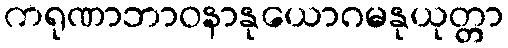
ကရုဏာဘာဝနာနုယောဂမနုယုတ္တာ